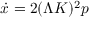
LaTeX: \dot { x } = 2 ( { \mit \Lambda } K ) ^ { 2 } p